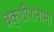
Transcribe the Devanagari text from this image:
बक्शीशनामा